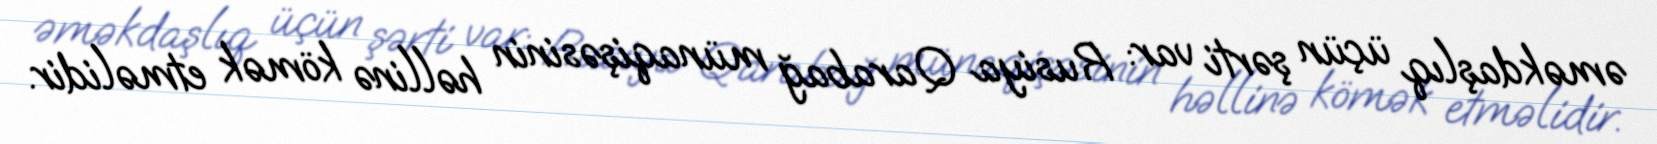
əməkdaşlıq üçün şərti var: Rusiya Qarabağ münaqişəsinin həllinə kömək etməlidir.